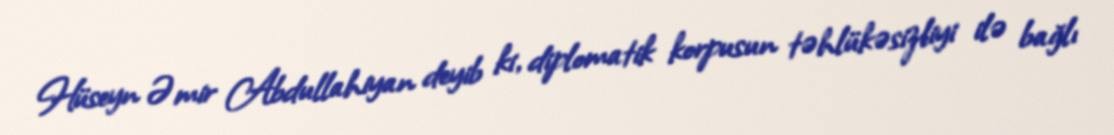
Hüseyn Əmir Abdullahiyan deyib ki, diplomatik korpusun təhlükəsizliyi ilə bağlı